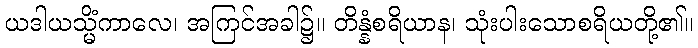
ယဒါယသ္မိံကာလေ၊ အကြင်အခါ၌။ တိန္နံစရိယာန၊ သုံးပါးသောစရိယတို့၏။